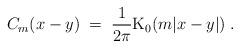
LaTeX: \begin{align*}C_m(x-y) \; = \; \frac{1}{2\pi} \mbox{K}_0(m|x-y|) \; .\end{align*}